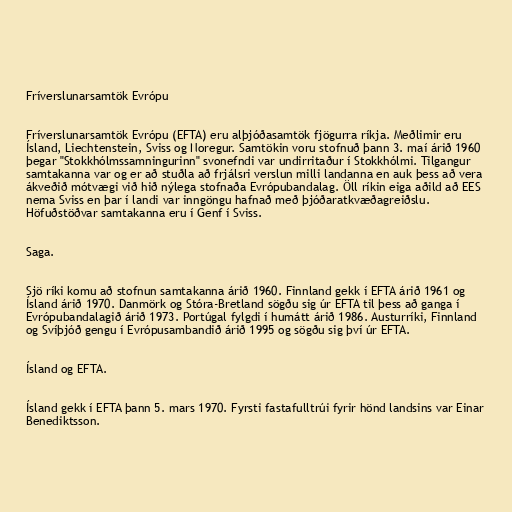
Fríverslunarsamtök Evrópu

Fríverslunarsamtök Evrópu (EFTA) eru alþjóðasamtök fjögurra ríkja. Meðlimir eru
Ísland, Liechtenstein, Sviss og Noregur. Samtökin voru stofnuð þann 3. maí árið 1960
þegar "Stokkhólmssamningurinn" svonefndi var undirritaður í Stokkhólmi. Tilgangur
samtakanna var og er að stuðla að frjálsri verslun milli landanna en auk þess að vera
ákveðið mótvægi við hið nýlega stofnaða Evrópubandalag. Öll ríkin eiga aðild að EES
nema Sviss en þar í landi var inngöngu hafnað með þjóðaratkvæðagreiðslu.
Höfuðstöðvar samtakanna eru í Genf í Sviss.

Saga.

Sjö ríki komu að stofnun samtakanna árið 1960. Finnland gekk í EFTA árið 1961 og
Ísland árið 1970. Danmörk og Stóra-Bretland sögðu sig úr EFTA til þess að ganga í
Evrópubandalagið árið 1973. Portúgal fylgdi í humátt árið 1986. Austurríki, Finnland
og Svíþjóð gengu í Evrópusambandið árið 1995 og sögðu sig því úr EFTA.

Ísland og EFTA.

Ísland gekk í EFTA þann 5. mars 1970. Fyrsti fastafulltrúi fyrir hönd landsins var Einar
Benediktsson.